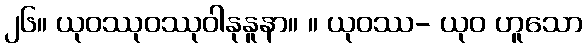
၂၆။ ယုဝဿုဝဿုဝါနုနူနာ။ ။ ယုဝဿ- ယုဝ ဟူသော